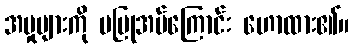
အမှုများကို မပြုအပ်ကြောင်း ဟောထား၏။